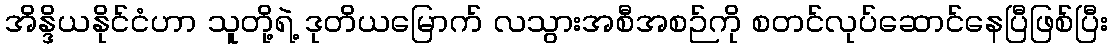
အိန္ဒိယနိုင်ငံဟာ သူတို့ရဲ့ ဒုတိယမြောက် လသွားအစီအစဉ်ကို စတင်လုပ်ဆောင်နေပြီဖြစ်ပြီး